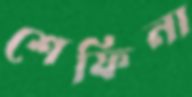
শেফিনা